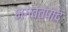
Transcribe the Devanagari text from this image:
भगवत्पाद